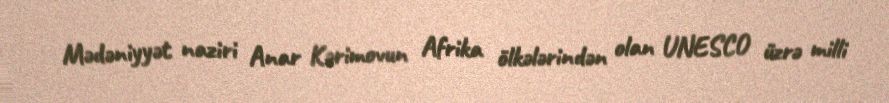
Mədəniyyət naziri Anar Kərimovun Afrika ölkələrindən olan UNESCO üzrə milli